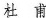
杜甫